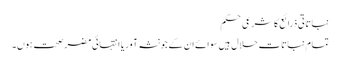
نباتاتی ذرائع کا شرعی حکم
تمام نباتات حلال ہیں سوائے ان کے جو نشہ آور یا انتہائی مضر صحت ہوں۔